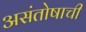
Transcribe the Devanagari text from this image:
असंतोषाची